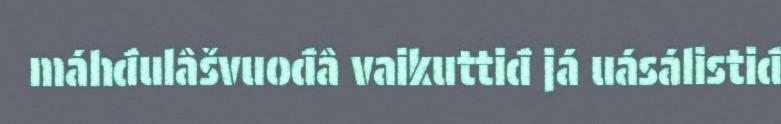
máhđulâšvuođâ vaikuttiđ já uásálistiđ